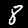
Digit: 8